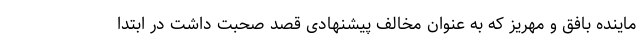
ماینده بافق و مهریز که به عنوان مخالف پیشنهادی قصد صحبت داشت در ابتدا